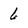
Character: 6